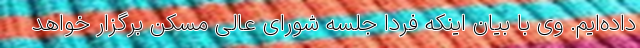
داده‌ایم. وی با بیان اینکه فردا جلسه شورای عالی مسکن برگزار خواهد